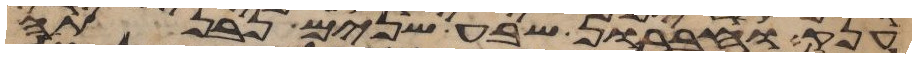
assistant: ענק וחברון שבע שנים נבנתה